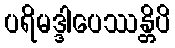
ပရိမဒ္ဒါပေဿန္တိပိ